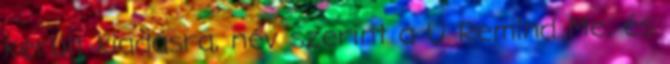
került kiadásra, név szerint a U Remind Me, és